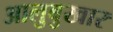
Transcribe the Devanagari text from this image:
आलुबुखार